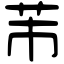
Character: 芾